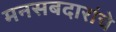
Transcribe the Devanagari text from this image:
मनसबदारांचे